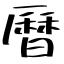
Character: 曆